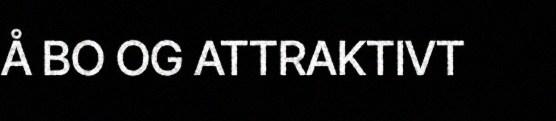
Å BO OG ATTRAKTIVT